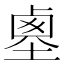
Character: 𡎱